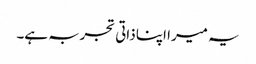
یہ میرا اپنا ذاتی تجربہ ہے۔